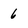
Character: 6